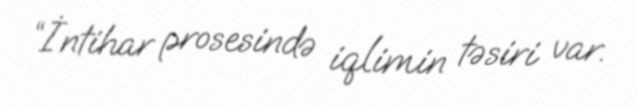
“İntihar prosesində iqlimin təsiri var.